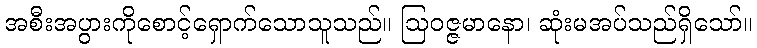
အစီးအပွားကိုစောင့်ရှောက်သောသူသည်။ ဩဝဇ္ဇမာနော၊ ဆုံးမအပ်သည်ရှိသော်။